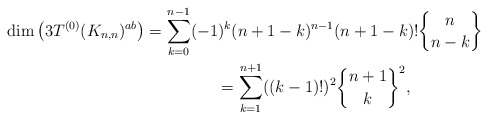
\begin{gather*}\dim\big(3T^{(0)}(K_{n,n})^{ab}\big)= \sum_{k=0}^{n-1} (-1)^{k} (n+1-k)^{n-1} (n+1-k) ! {n \brace n-k }\\ \hphantom{\dim\big(3T^{(0)}(K_{n,n})^{ab}\big)}{} =\sum_{k=1}^{n+1} ((k-1) !)^2 { n+1 \brace k}^2 ,\end{gather*}